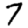
Digit: 7